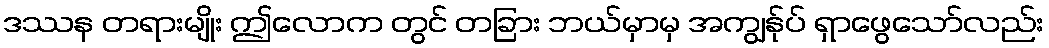
ဒဿန တရားမျိုး ဤလောက တွင် တခြား ဘယ်မှာမှ အကျွန်ုပ် ရှာဖွေသော်လည်း